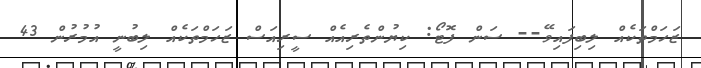
ޒަހަމްތަކެއް ލިބިފައިވޭ-- ސަން ފޮޓޯ: ކިޔުންތެރިއެއް ސީރިއަސް ޒަހަމްތަކެއް ލިބުނީ އުމުރުން 43